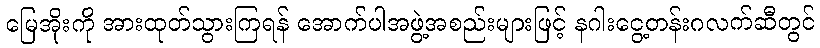
မြေအိုးကို အားထုတ်သွားကြရန် အောက်ပါအဖွဲ့အစည်းများဖြင့် နဂါးငွေ့တန်းဂလက်ဆီတွင်